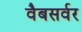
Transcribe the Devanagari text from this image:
वैबसर्वर